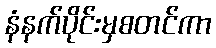
နံနက်ပိုင်းမှစတင်ကာ